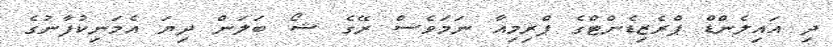
ދި އައިލެންޑް ޕްރެޒިޑެންޓްގެ ޕްރިމިއާ ނަމަވެސް ރޭގެ ޝޯ ބަލަން ދިޔަ އެމަނިކުފާނުގެ